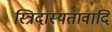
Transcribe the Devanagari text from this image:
स्त्रिदास्यतावादि